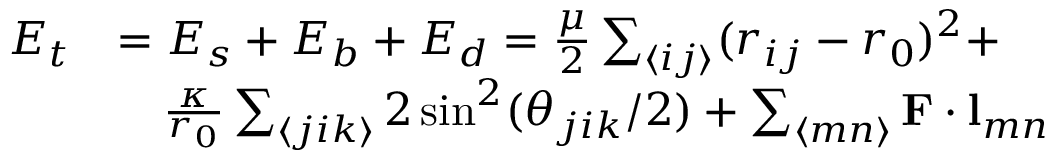
\begin{array} { r l } { E _ { t } } & { = E _ { s } + E _ { b } + E _ { d } = \frac { \mu } { 2 } \sum _ { \langle i j \rangle } ( r _ { i j } - r _ { 0 } ) ^ { 2 } + } \\ & { \quad \frac { \kappa } { r _ { 0 } } \sum _ { \langle j i k \rangle } { 2 \sin ^ { 2 } ( \theta _ { j i k } / 2 ) } + \sum _ { \langle m n \rangle } \mathbf { F } \cdot \mathbf { l } _ { m n } } \end{array}